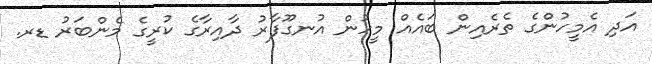
އަދި އެމީހުންގެ ތެރެއިން ބައެއް މީހުން އުނގޫފާރު ދާއިރާގެ ކުރީގެ މެންބަރު ޑރ.